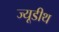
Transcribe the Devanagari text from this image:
ज्यूडीथ